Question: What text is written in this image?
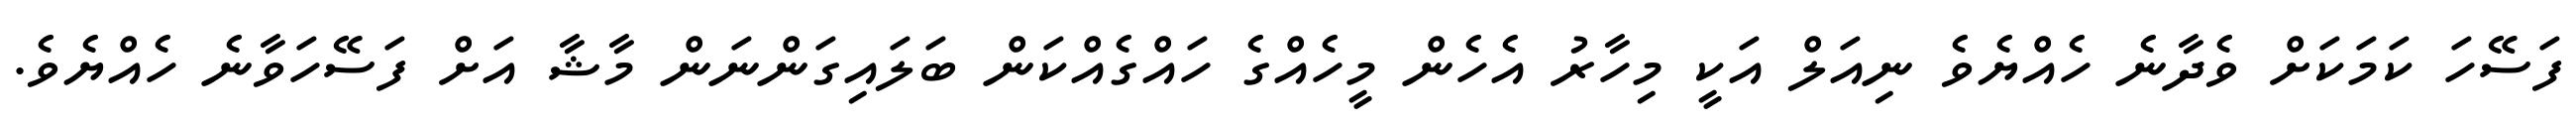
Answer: ފަސޭހަ ކަމަކަށް ވެދާނެ ހެއްޔެވެ ނިއަލް އަކީ މިހާރު އެހެން މީހެއްގެ ހައްގެއްކަން ބަލައިގަންނަން މާޝާ އަށް ފަސޭހަވާނެ ހެއްޔެވެ.